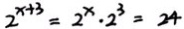
2 ^ { x + 3 } = 2 ^ { x } \cdot 2 ^ { 3 } = 2 4